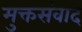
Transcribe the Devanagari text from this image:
मुक्तसंवाद